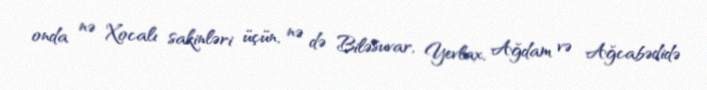
onda nə Xocalı sakinləri üçün, nə də Biləsuvar, Yevlax, Ağdam və Ağcabədidə